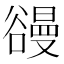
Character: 䜱